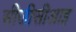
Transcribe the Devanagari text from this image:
सीजीसीआइ